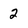
Character: 2